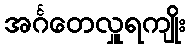
အင်္ဂတေလှူရကျိုး